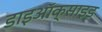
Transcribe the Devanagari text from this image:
डाइऑक्‍साइड